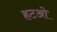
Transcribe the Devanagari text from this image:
हटओ